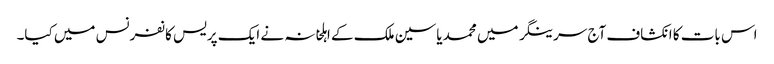
اس بات کا انکشاف آج سرینگر میں محمد یاسین ملک کے اہلخانہ نے ایک پریس کانفرنس میں کیا۔